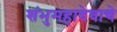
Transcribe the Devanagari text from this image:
शंभुमहादेवाचे